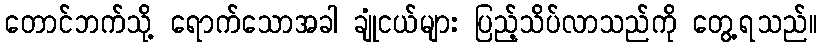
တောင်ဘက်သို့ ရောက်သောအခါ ချုံငယ်များ ပြည့်သိပ်လာသည်ကို တွေ့ရသည်။